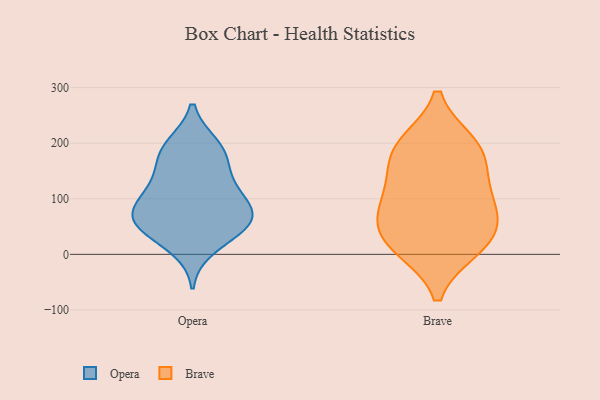
{"axis": {"x": "Headcount", "y": "Value"}, "legend": ["Brave", "Opera"], "data": [{"x": "", "y": 54, "type": "Opera"}, {"x": "", "y": 44, "type": "Opera"}, {"x": "", "y": 75, "type": "Opera"}, {"x": "", "y": 197, "type": "Opera"}, {"x": "", "y": 174, "type": "Opera"}, {"x": "", "y": 122, "type": "Opera"}, {"x": "", "y": 197, "type": "Opera"}, {"x": "", "y": 11, "type": "Opera"}, {"x": "", "y": 164, "type": "Opera"}, {"x": "", "y": 50, "type": "Opera"}, {"x": "", "y": 68, "type": "Opera"}, {"x": "", "y": 97, "type": "Opera"}, {"x": "", "y": 59, "type": "Opera"}, {"x": "", "y": 94, "type": "Opera"}, {"x": "", "y": 126, "type": "Opera"}, {"x": "", "y": 29, "type": "Brave"}, {"x": "", "y": 199, "type": "Brave"}, {"x": "", "y": 59, "type": "Brave"}, {"x": "", "y": 90, "type": "Brave"}, {"x": "", "y": 11, "type": "Brave"}, {"x": "", "y": 184, "type": "Brave"}, {"x": "", "y": 70, "type": "Brave"}, {"x": "", "y": 13, "type": "Brave"}, {"x": "", "y": 144, "type": "Brave"}, {"x": "", "y": 195, "type": "Brave"}, {"x": "", "y": 115, "type": "Brave"}]}